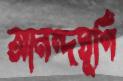
আনন্দঘূর্ণি